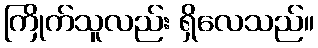
ကြိုက်သူလည်း ရှိလေသည်။